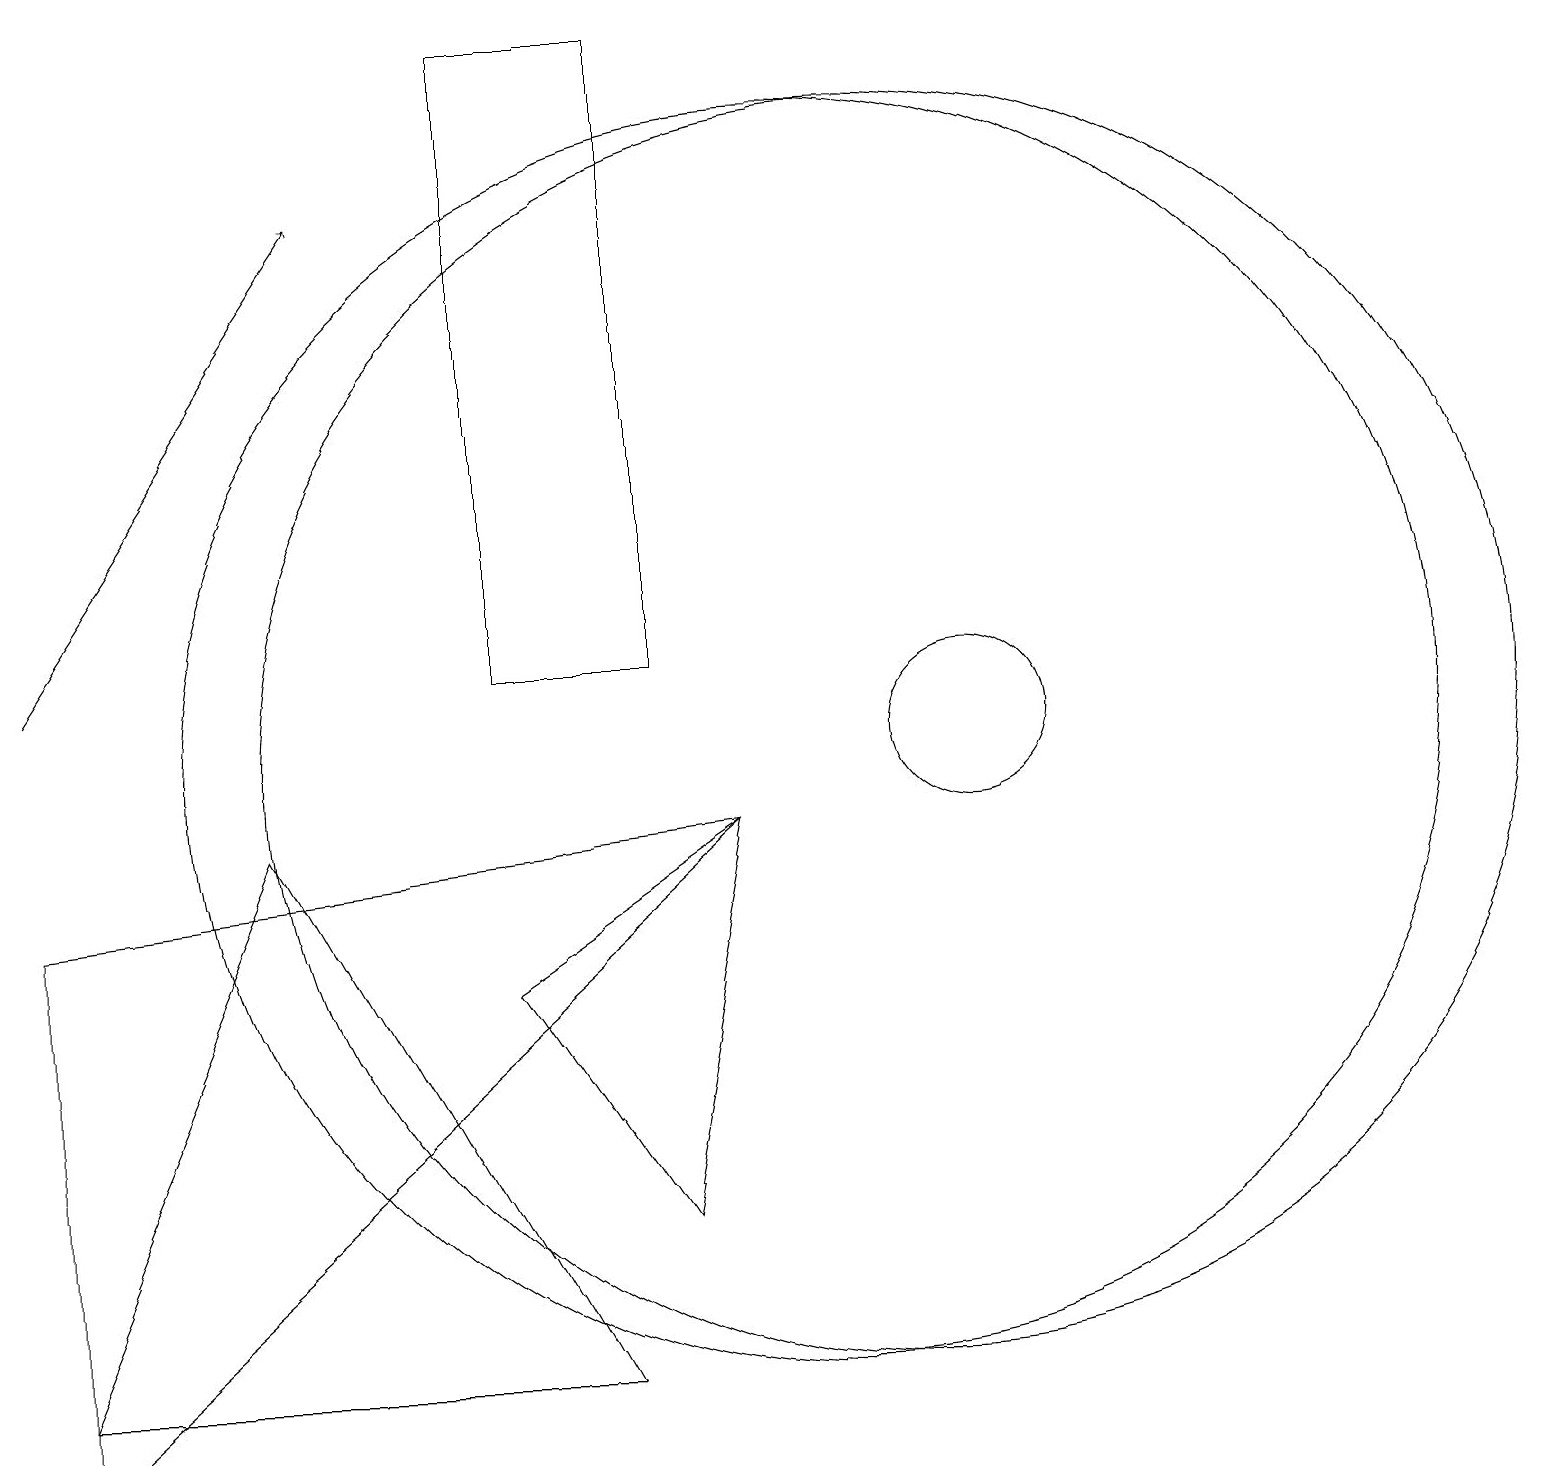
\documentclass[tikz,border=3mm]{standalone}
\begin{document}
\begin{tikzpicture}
\draw (11,10) circle (8);
\draw[->] (0,11) -- (4,17);
\draw (9,9) -- (8,4) -- (6,7) -- cycle;
\draw (3,9) -- (7,2) -- (0,2) -- cycle;
\draw (0,8) -- (0,1) -- (9,9) -- cycle;
\draw (10,10) circle (8);
\draw (6,11) rectangle (8,19);
\draw (12,10) circle (1);
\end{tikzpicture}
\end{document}